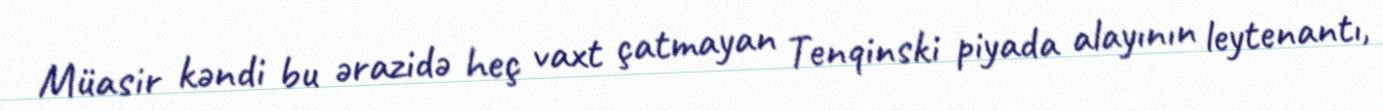
Müasir kəndi bu ərazidə heç vaxt çatmayan Tenqinski piyada alayının leytenantı,